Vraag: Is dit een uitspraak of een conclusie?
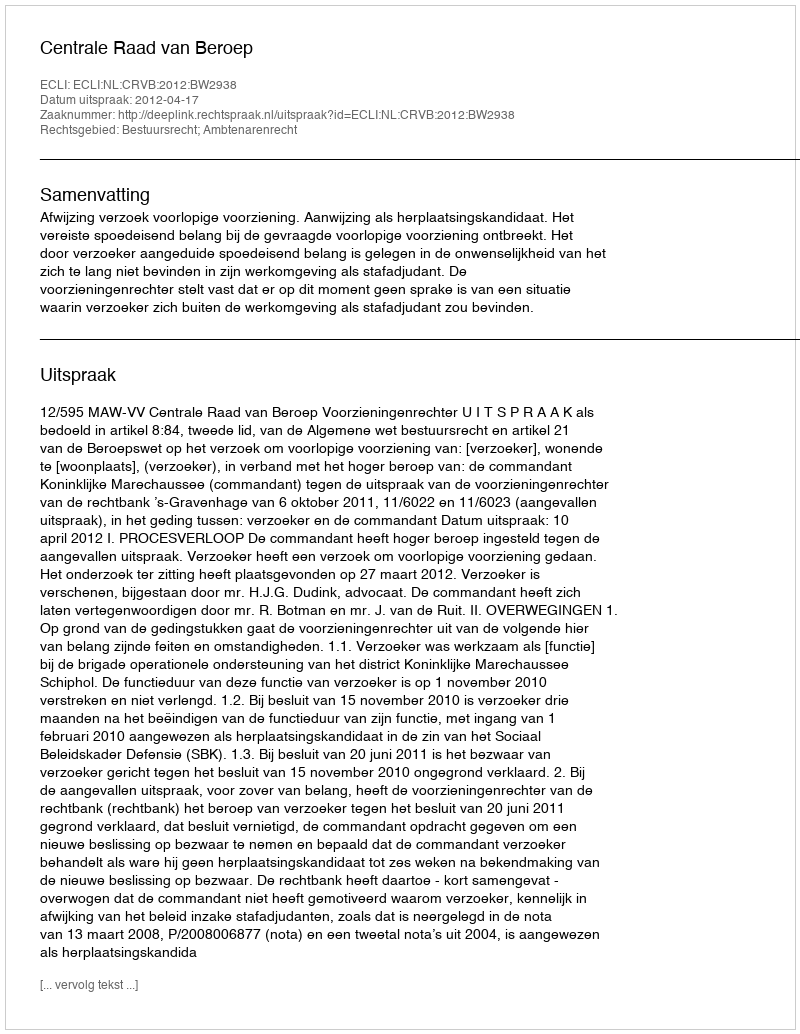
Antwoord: Uitspraak